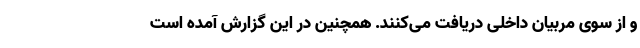
و از سوی مربیان داخلی دریافت می‌کنند. همچنین در این گزارش آمده است